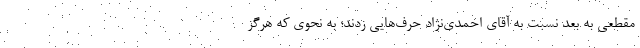
مقطعی به بعد نسبت به آقای احمدی‌نژاد حرف‌هایی زدند؛ به نحوی که هرگز